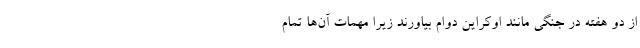
از دو هفته در جنگی مانند اوکراین دوام بیاورند زیرا مهمات آن‌ها تمام